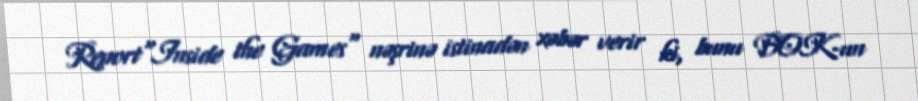
Report"Inside the Games" nəşrinə istinadən xəbər verir ki, bunu BOK-un